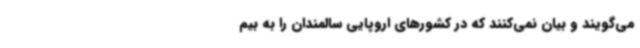
می‌گویند و بیان نمی‌کنند که در کشورهای اروپایی سالمندان را به بیم